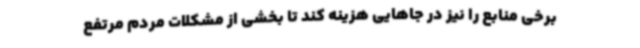
برخی منابع را نیز در جاهایی هزینه کند تا بخشی از مشکلات مردم مرتفع